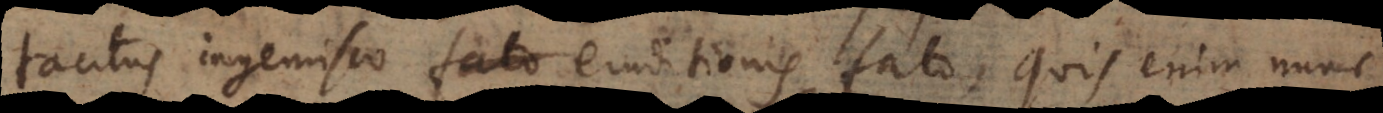
tacitus ingemisco eruditionis fato, quis enim nunc